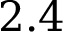
2 . 4